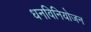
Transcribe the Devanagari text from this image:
धनविनियोजन